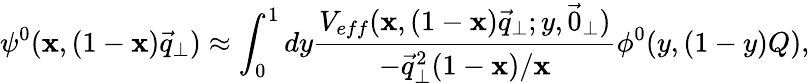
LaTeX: \psi^{0}(\mathbf{x},(1-\mathbf{x})\vec{{q}}_{\perp})\approx\int_{0}^{1}dy\frac{{V_{eff}(\mathbf{x},(1-\mathbf{x})\vec{{q}}_{\perp};y,\vec{{0}}_{\perp})}}{{-\vec{{q}}_{\perp}^{2}(1-\mathbf{x})/\mathbf{x}}}\phi^{0}(y,(1-y)Q),